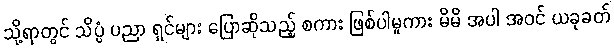
သို့ရာတွင် သိပ္ပံ ပညာ ရှင်များ ပြောဆိုသည့် စကား ဖြစ်ပါမူကား မိမိ အပါ အဝင် ယခုခတ်